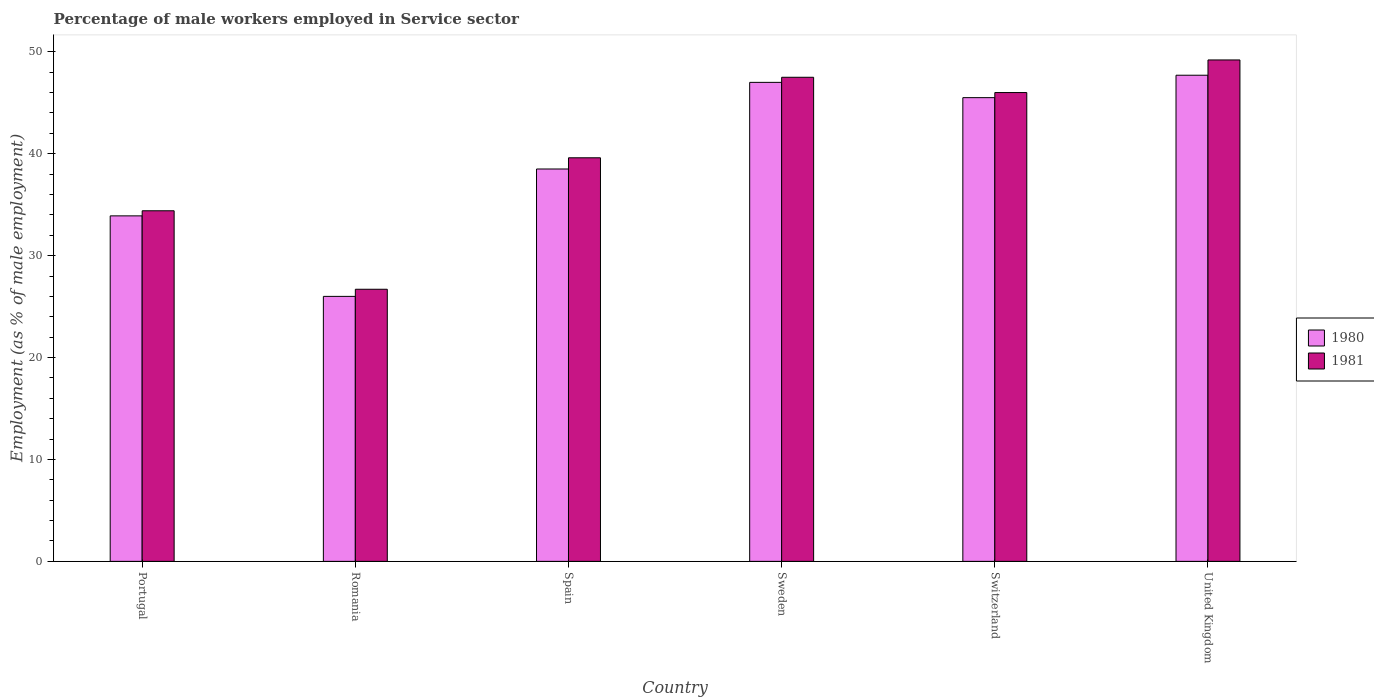
| Country | 1980 | 1981 |
 | --- | --- | --- |
 | Portugal | 33.9 | 34.4 |
 | Romania | 26 | 26.7 |
 | Spain | 38.5 | 39.6 |
 | Sweden | 47 | 47.5 |
 | Switzerland | 45.5 | 46 |
 | United Kingdom | 47.7 | 49.2 |